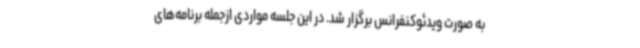
به صورت ویدئوکنفرانس برگزار شد. در این جلسه مواردی ازجمله برنامه‌های